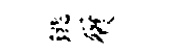
洮俗假